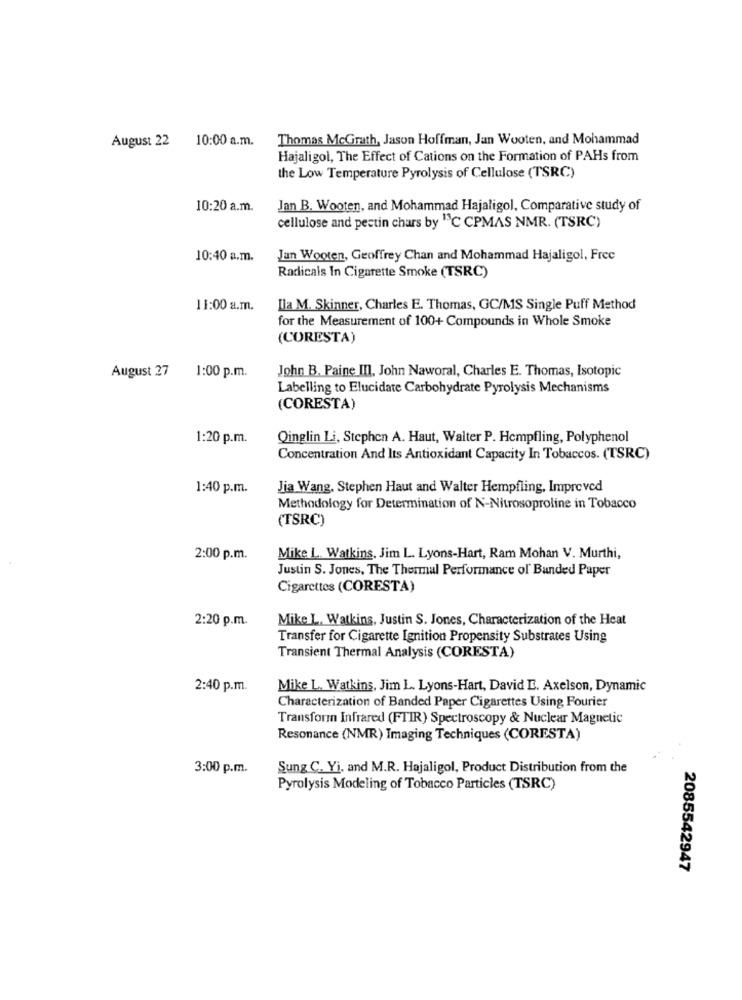
August 22
10:00 a.m.
Thomas McGrath, Jason Hoffman, Jan Wooten, and Mohammad
Hajaligol, The Effect of Cations on the Formation of PAHs from
the Low Temperature Pyrolysis of Cellulose (TSRC)
10:20 a.m.
Jan B. Wooten, and Mohammad Hajaligol, Comparative study of
cellulose and pestin chars by "C CPMAS NMR. (TSRC)
10:40 a.m.
Jan Wooten, Geoffrey Chan and Mohammad Hajaligol, Frec
Radicals In Cigarette Smoke (TSRC)
11:00 a.m.
Ila M. Skinner, Charles E. Thomas, GC/MS Single Puff Method
for the Measurement of 100+ Compounds in Whole Smoke
(CORESTA)
August 27
John B. Paine III, John Naworal, Charles E. Thomas, Isotopic
1:00 p.m.
Labelling to Elucidate Carbohydrate Pyrolysis Mechanisms
(CORESTA)
1:20 p.m.
Qinglin Li, Stephen A. Haut, Walter P. Hcmpfling, Polyphenol
Concentration And Its Antioxidant Capacity In Tobaccos. (TSRC)
1:40 p.m.
Jia Wang, Stephen Haut and Walter Hempfling, Improved
Methodology for Determination of N-Nitrosoproline in Tobacco
(TSRC)
2:00 p.m.
Mike L. Watkins, Jim L. Lyons-Hart, Ram Mohan V. Murthi,
Justin S. Jones, The Thermal Performance of Banded Paper
Cigarettes (CORESTA)
2:20 p.m.
Mike L. Watkins, Justin S. Jones, Characterization of the Heat
Transfer for Cigarette Ignition Propensity Substrates Using
Transient Thermal Analysis (CORESTA)
2:40 p.m.
Mike L. Watkins, Jim L. Lyons-Hart, David E. Axelson, Dynamic
Characterization of Banded Paper Cigarettes Using Fourier
Transform Infrared (FTIR) Spectroscopy & Nuclear Magnetic
Resonance (NMR) Imaging Techniques (CORESTA)
3:00 p.m.
Sung C. Yi, and M.R. Hajaligol, Product Distribution from the
Pyrolysis Modeling of Tobacco Particles (TSRC)
2085542947